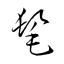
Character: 髦